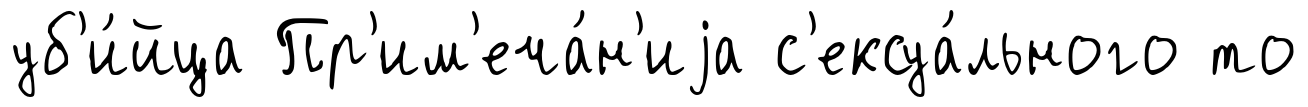
уб'и́йца Пр'им'еча́н'иjа с'ексуа́льного то